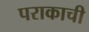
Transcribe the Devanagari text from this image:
पराकाची